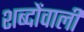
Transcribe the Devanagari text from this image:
शब्दोंवाली